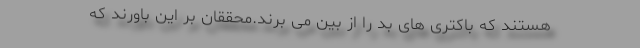
هستند که باکتری های بد را از بین می برند.محققان بر این باورند که